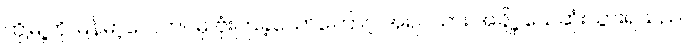
ထိုမြို့ကို မြန်မာ့လေတပ်မှ ဗုံးကြဲခဲ့သောကြောင့် အရပ်သား အချို့ သေဆုံးသွားရသည်။